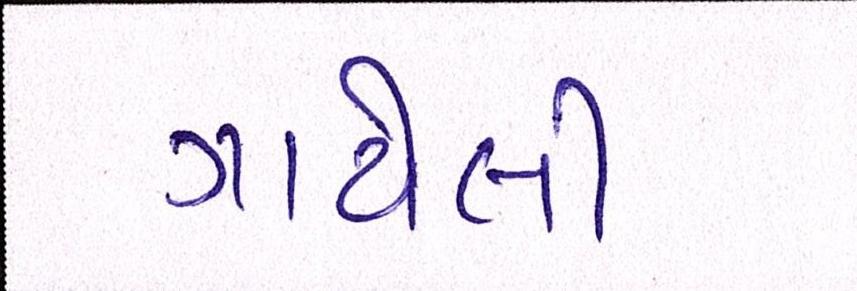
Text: ગાયેલી